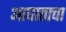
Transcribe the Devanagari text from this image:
आघाताचा